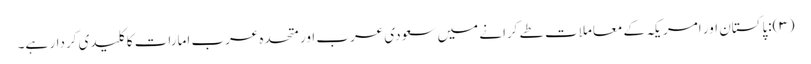
(۳):پاکستان اور امریکہ کے معاملات طے کرانے میں سعودی عرب اور متحدہ عرب امارات کا کلیدی کردار ہے۔